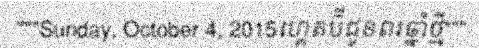
"""Sunday, October 4, 2015ហ្គេតប៊ីជូនពរឆ្នាំថ្មី"""